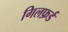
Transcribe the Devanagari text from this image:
गिलफ़र्ड